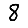
Digit: 8